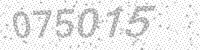
Solution: 075015